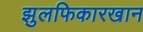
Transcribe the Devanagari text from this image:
झुलफिकारखान